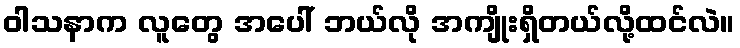
ဝါသနာက လူတွေ အပေါ် ဘယ်လို အကျိုးရှိတယ်လို့ထင်လဲ။